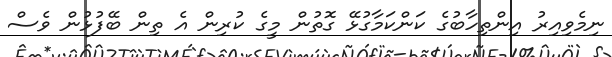
ނިމެވިއިރު އިންތިހާބުގެ ކަންކަމާގުޅޭ ގޮތުން މީގެ ކުރިން އެ ތިން ބޭފުޅުން ވެސް